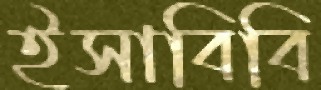
ইসাবিবি